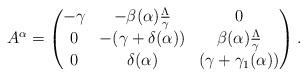
LaTeX: \begin{align*}A^{\alpha} = \begin{pmatrix}- \gamma & - \beta(\alpha)\frac{\Lambda}{\gamma} & 0\\0 & -( \gamma + \delta(\alpha) ) & \beta(\alpha)\frac{\Lambda}{\gamma}\\0 & \delta(\alpha) & ( \gamma + \gamma_1(\alpha))\end{pmatrix}.\end{align*}